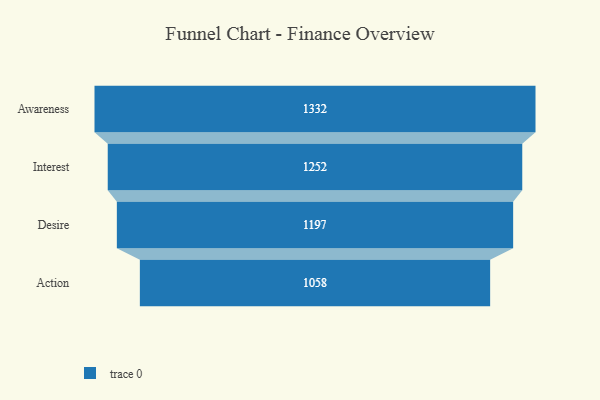
{"axis": {"x": "Stage", "y": "Value"}, "legend": [""], "data": [{"x": "Awareness", "y": 1332.0, "type": ""}, {"x": "Interest", "y": 1252.0, "type": ""}, {"x": "Desire", "y": 1197.0, "type": ""}, {"x": "Action", "y": 1058.0, "type": ""}]}